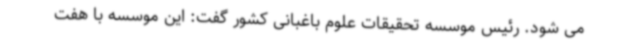
می شود. رئیس موسسه تحقیقات علوم باغبانی کشور گفت: این موسسه با هفت